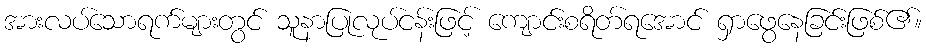
အားလပ်သောရက်များတွင် သူနာပြုလုပ်ငန်းဖြင့် ကျောင်းစရိတ်ရအောင် ရှာဖွေနေခြင်းဖြစ်၏။